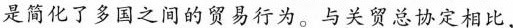
是简化了多国之间的贸易行为。与关贸总协定相比，